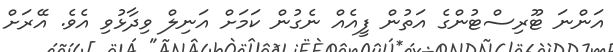
އަންނަ ޓޫރިސްޓުންގެ އަތުން ފީއެއް ނެގުން ކަމަށް އަނިލް ވިދާޅުވި އެވެ. އޭރަށް